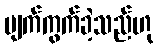
ပျက်ကွက်ခဲ့သည်ဟု